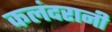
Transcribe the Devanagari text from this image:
कलंदरानी